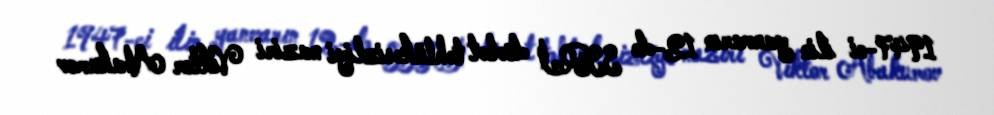
1947-ci ilin yanvarın 12-də SSRİ dövlət təhlükəsizliyi naziri Viktor Abakumov